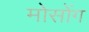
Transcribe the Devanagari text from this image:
मोसोंग